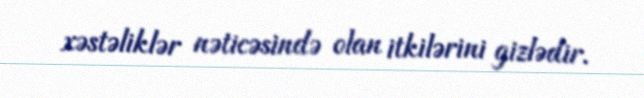
xəstəliklər nəticəsində olan itkilərini gizlədir.